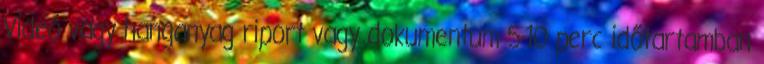
Videó vagy hanganyag riport vagy dokumentum 5-10 perc időtartamban